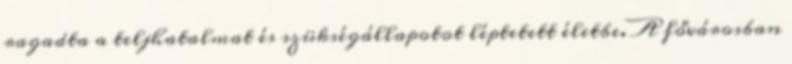
ragadta a teljhatalmat és szükségállapotot léptetett életbe. A fővárosban